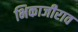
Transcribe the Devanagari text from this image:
भिकाजीराव